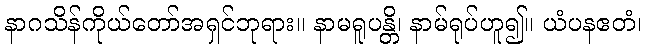
နာဂသိန်ကိုယ်တော်အရှင်ဘုရား။ နာမရူပန္တိ၊ နာမ်ရုပ်ဟူ၍။ ယံပနဧတံ၊